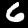
Label: 6